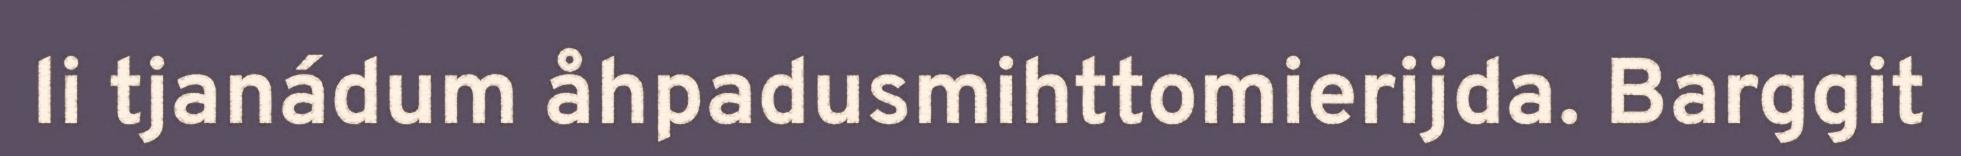
li tjanádum åhpadusmihttomierijda. Barggit